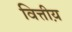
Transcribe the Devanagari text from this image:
वित्तीय़